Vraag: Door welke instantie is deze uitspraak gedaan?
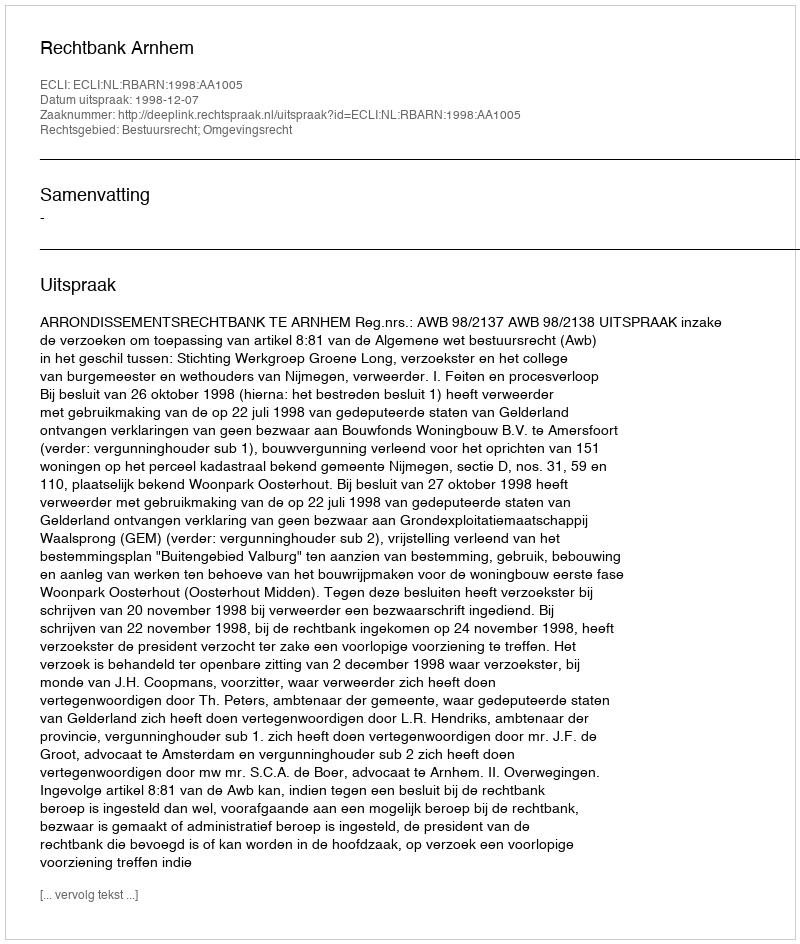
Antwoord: Rechtbank Arnhem